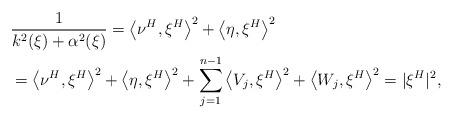
LaTeX: \begin{align*}&\frac{1}{k^2(\xi)+\alpha^2(\xi)}=\left\langle \nu^H, \xi^H\right\rangle^2 + \left\langle \eta, \xi^H\right\rangle^2\\&=\left\langle \nu^H, \xi^H\right\rangle^2 + \left\langle \eta, \xi^H\right\rangle^2 + \sum_{j=1}^{n-1}\left\langle V_j, \xi^H\right\rangle^2 + \left\langle W_j, \xi^H\right\rangle^2=|\xi^H|^2,\end{align*}